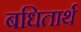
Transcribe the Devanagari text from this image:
बधितार्थ